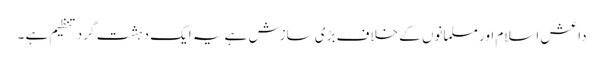
داعش اسلام اور مسلمانوں کے خلاف بڑی سازش ہے یہ ایک دہشت گرد تنظیم ہے ۔